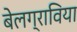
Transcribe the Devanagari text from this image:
बेलग्राविया